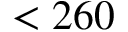
< 2 6 0